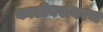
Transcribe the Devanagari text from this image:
काठीबरोबरच